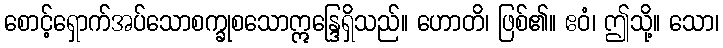
စောင့်ရှောက်အပ်သောစက္ခုစသောဣန္ဒြေရှိသည်။ ဟောတိ၊ ဖြစ်၏။ ဧဝံ၊ ဤသို့။ သော၊